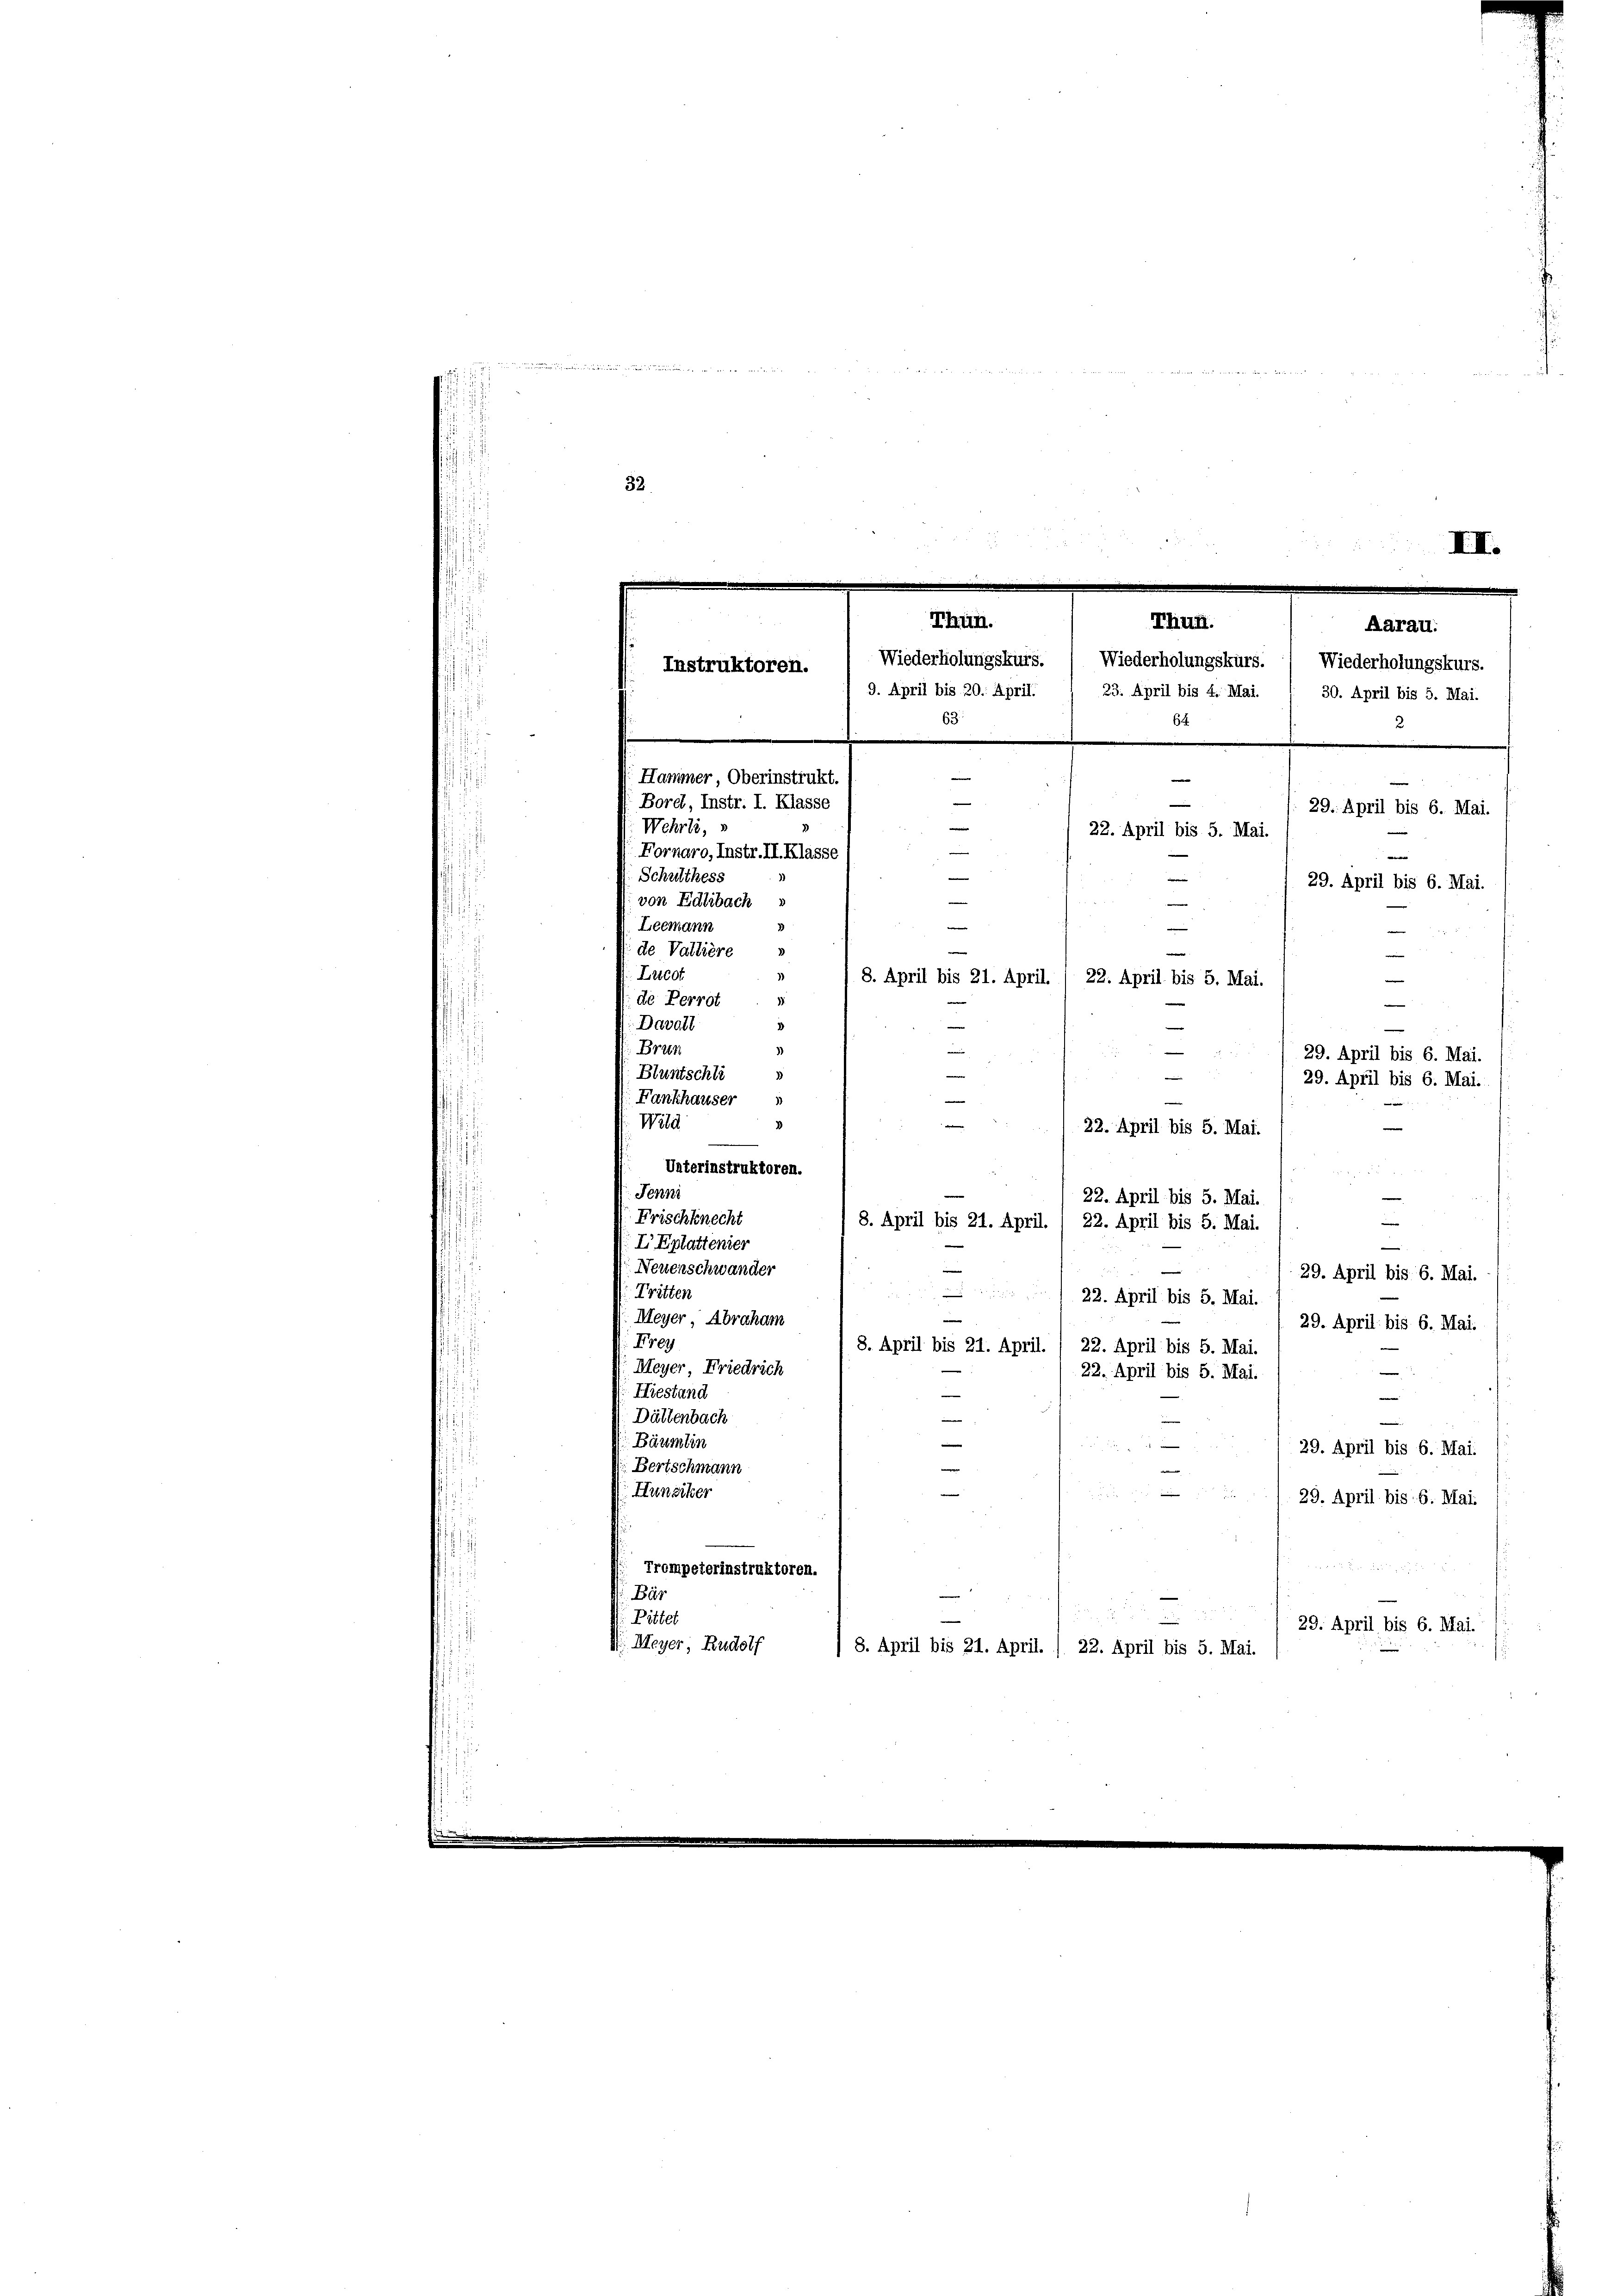
wie er eine erle
d
1
32

Wehrli,
Fornaro, Instr. II. Klasse
Schulthess
von Edlibach
Leemann
de Vallière
Lucot
de Perrot.
Davall
Bran
Bluntschli
Fankhauser
Wild
Unterinstruktoren.
Jenni
22. April bis 5. Mai.
Frischknecht
8. April bis 21. April. 1 22. April bis 5. Mai.
I Eplattenier
Neuenschwander
e
29. April bis 6. Mai.
Tritten
 22. April bis 5. Mai.
u
Meyer, Abraham
29. April bis 6. Mai.
Frey
8. April bis 21. April. / 22. April bis 5. Mai.
Meyer Friedrich
n
22. April bis 5. Mai.
Hiestand
—
Dättenbach
.
 Bäumlin

29. April bis 6. Mai.
Bertschmann
.

Hunziker
29. April bis 6. Mai.

Trompeterinstruktoren.
Bür
2
Pittel
29. April bis 6. Mai.
d Meyer, Rudolf
/8. April bis 21. April. / 22. April bis 5. Mai.

III.
Thun.
Thun.
Aarau.
Wiederholungskurs. ) Wiederholungskurs. ) Wiederholungskurs.
Instruktoren.
e
9. April bis 20. April. 1 23. April bis 4. Mai. . 30. April bis 5. Mai.
63.
64
e
Hammer, Oberinstrukt
e
e
Bord, Instr. I. Klasse
29. April bis 6. Mai.

e
22. April bis 5. Mai.
e
29. April bis 6. Mai.
—
e
e
e
8. April bis 21. April. / 22. April bis 5. Mai.
e
29. April bis 6. Mai.
—
29. April bis 6. Mai.
e
22. April bis 5. Mai.